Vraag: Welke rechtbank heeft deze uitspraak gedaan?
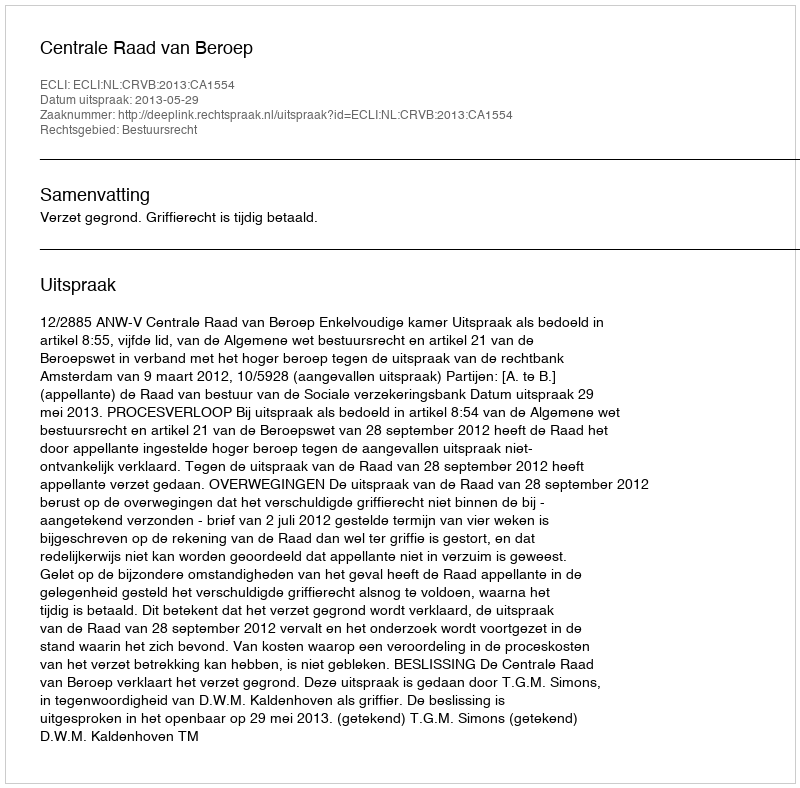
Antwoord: Centrale Raad van Beroep